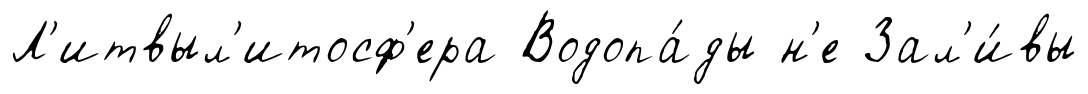
Л'итвыл'итосф'ера Водопа́ды н'е Зал'и́вы